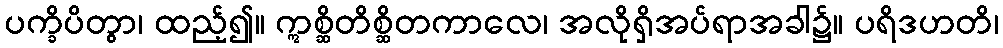
ပက္ခိပိတွာ၊ ထည့်၍။ ဣစ္ဆိတိစ္ဆိတကာလေ၊ အလိုရှိအပ်ရာအခါ၌။ ပရိဒဟတိ၊